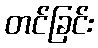
တင်ခြင်း